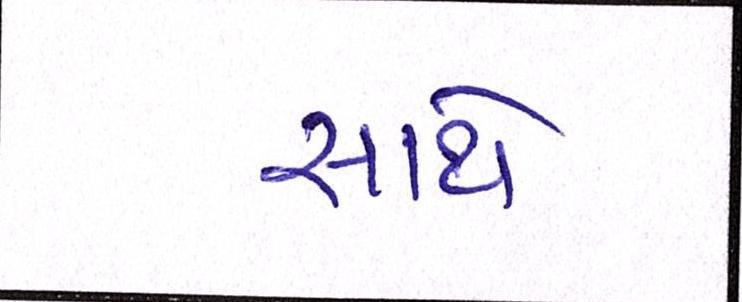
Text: સાથે